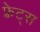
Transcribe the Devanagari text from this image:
फ़्रेट्स